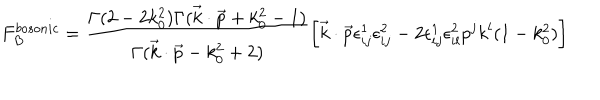
LaTeX: F _ { B } ^ { b o s o n i c } = { \frac { \Gamma ( 2 - 2 k _ { 0 } ^ { 2 } ) \Gamma ( \vec { k } \cdot \vec { p } + k _ { 0 } ^ { 2 } - 1 ) } { \Gamma ( \vec { k } \cdot \vec { p } - k _ { 0 } ^ { 2 } + 2 ) } } \bigg [ \vec { k } \cdot \vec { p } \epsilon _ { i j } ^ { 1 } \epsilon _ { i j } ^ { 2 } - 2 \epsilon _ { i j } ^ { 1 } \epsilon _ { i l } ^ { 2 } p ^ { j } k ^ { l } ( 1 - k _ { 0 } ^ { 2 } ) \bigg ]